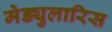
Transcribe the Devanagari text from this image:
मेड्युलारिस